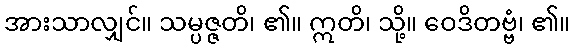
အားသာလျှင်။ သမ္ပဇ္ဇတိ၊ ၏။ ဣတိ၊ သို့။ ဝေဒိတဗ္ဗံ၊ ၏။